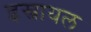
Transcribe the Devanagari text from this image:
इस्त्रायल